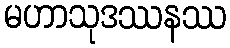
မဟာသုဒဿနဿ